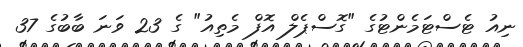
ނިއު ޓެސްޓަމެންޓުގެ "ގޮސްޕެލް އޮފް މެތިއު" ގެ 23 ވަނަ ބާބުގެ 37